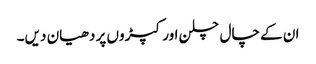
ان کے چال چلن اور کپڑوں پر دھیان دیں۔